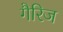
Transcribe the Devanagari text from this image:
गैरिज